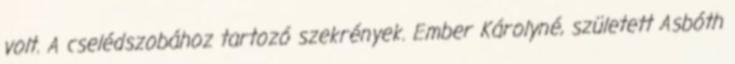
volt. A cselédszobához tartozó szekrények. Ember Károlyné, született Asbóth